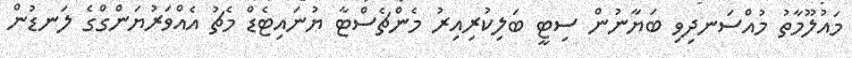
މައުލޫމާތު މުއްސަނދިވި ބަޔާނުން ސިޓީ ބަލިކުރިއިރު މެންޗެސްޓާ ޔުނައިޓެޑް މެޗު އެއްވަރުޔަންގްގެ ލަނޑުން